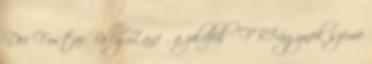
Dee Fostar Billy Zane , a zöldfülű FBI-ügynök szeme